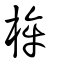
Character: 桙